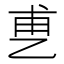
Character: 乶